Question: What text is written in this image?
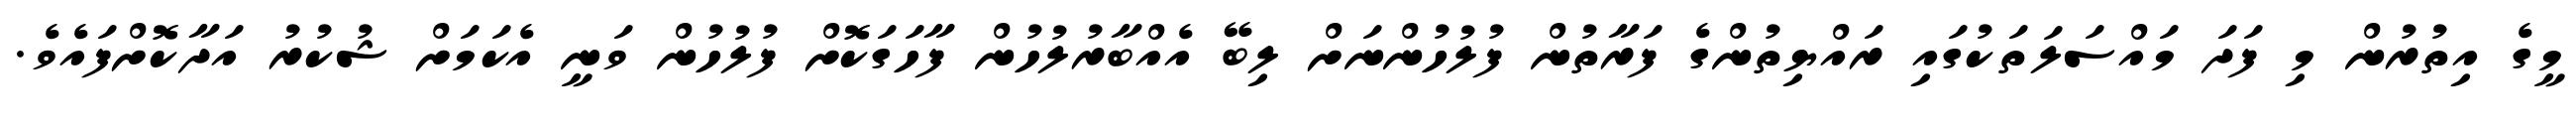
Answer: މީގެ އިތުރުން މި ފަދަ މައްސަލަތަކުގައި ރައްޔިތުންގެ ފަރާތުން ފުލުހުންނަށް ލިބޭ އެއްބާރުލުހުން ފާހަގަކޮށް ފުލުހުން ވަނީ އެކަމަށް ޝުކުރު އަދާކޮށްފައެވެ.